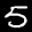
Label: 5